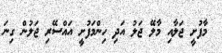
މާފުށީ ޖަލާއި މާލޭ ޖަލު އަދި ހިންމަފުށީ އައްސޭރި ޖަލުން ގިނަ